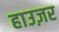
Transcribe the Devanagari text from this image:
हाउज़र